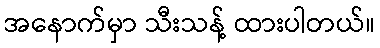
အနောက်မှာ သီးသန့် ထားပါတယ်။